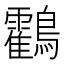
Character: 鸖